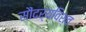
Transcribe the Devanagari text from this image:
सौंदर्यविश्व